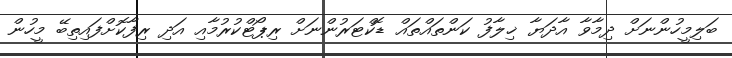
ބަލިމީހުންނަށް ދިމާވާ އާދަޔާ ޚިލާފު ކަންތައްތައް ޑޮކްޓަރުންނަށް ރިޕޯޓްކުރުމާއި އަދި ރިފާކޮށްފައިތިބޭ މީހުން